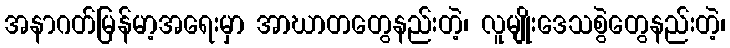
အနာဂတ်မြန်မာ့အရေးမှာ အာဃာတတွေနည်းတဲ့၊ လူမျိုးဒေသစွဲတွေနည်းတဲ့၊